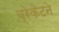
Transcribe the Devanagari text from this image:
ब्रेकेटने